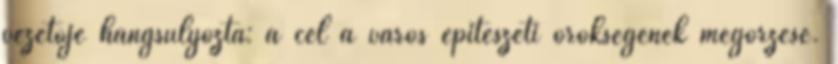
vezetője hangsúlyozta: a cél a város építészeti örökségének megőrzése.